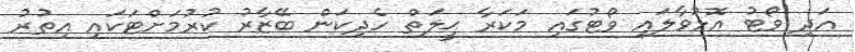
އަދި ވޯޓު އޮޅުވާލައި ވޯޓުގައި މަކަރާ ޙީލަތް ހެދިކަން ބޭޒާރު ކުރުމަށްޓަކައި އިތުރު